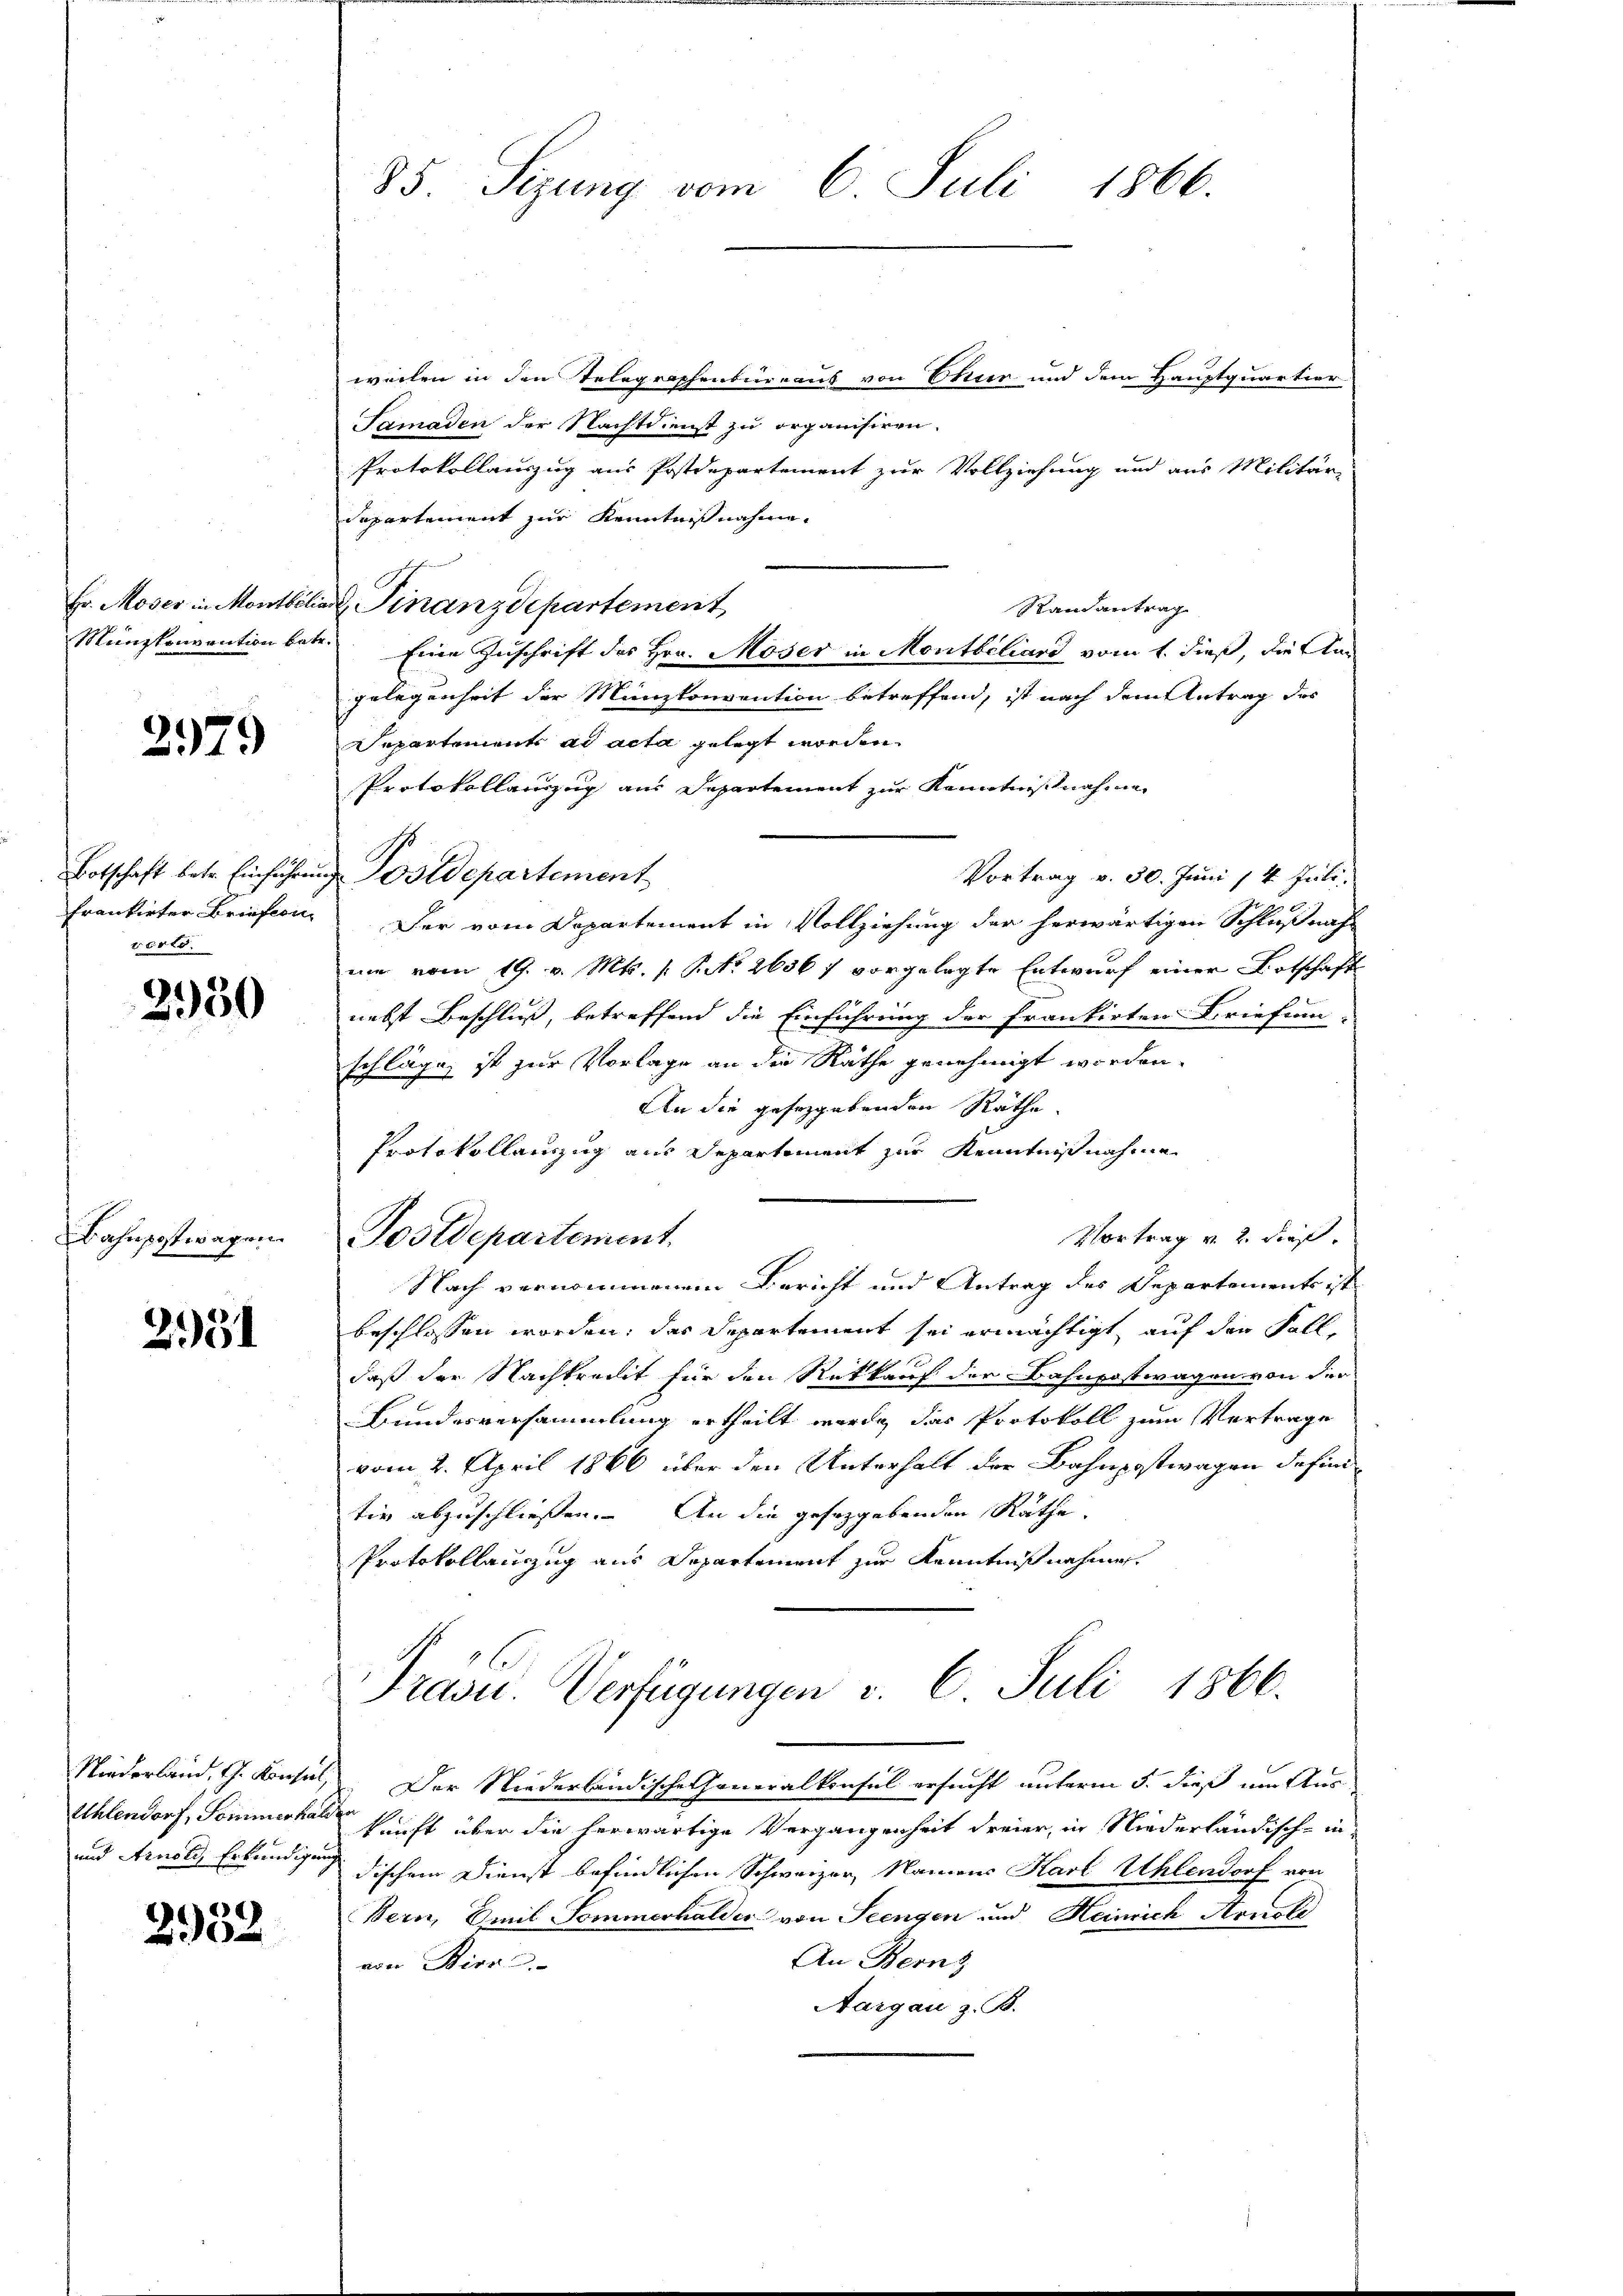
2979

vento.

2950

Bahnpostwagen

2951

weilen in den Telegraphenbureaus von Ettier und dem Hauptquartier
Samaden der Nachtdienst zu organisiren.
Protokollauszug aus Postdepartement zur Vollziehung und aus Militär-
Departement zur Kenntnißnahme.
Fr. Moser in Montbiliar Finanzdepartement
Randantrag
Münzkonvention betr. Eine Zuschrift des Hrn. Moser in Montbiliard vom 1. dieß, die Ans
gelegenheit der Münzkonvention betreffend, ist nach dem Antrag des
Separtement ad acta gelegt worden.
Protokollauszug aus Departement zur Kenntnißnahme
Botschaft betr. Einführung Postdepartement
Vortrag v. 30. Juni /4 Juli.
Frankirter Briefen der vom Departement in Vollziehung der herwärtigen Schlußnah-
ume vom 19. v. Mts. (T. No 2636 f vorgelegte Entwurf einer Ortschaft
nebst Beschluß, betreffend die Einführung der Frankirten Briefun-
schläge, ist zur Vorlage an die Räthe genehmigt worden.
An die geseggebenden Räthe.
Protokollanzug aus Departement zur Kenntnißnahme
Vortrag v. 2. dieß.
Tostdepartement.
Nach vernommenem Bericht und Antrag des Departements ist
beschlossen worden, das Departement sei ermächtigt, auf den Fall
daß der Nachtrecht für den Rückkauf der Bahnpostwagen von der
Bundesversammlung ertheilt werde, das Protokoll zum Vertrage
vom 2. April 1866 über den Unterhalt der Bahnpostwagen definitiv abzuschließen. An die gesetzgebenden Räthe.
Protokollanzug aus Departement zur Kenntnißnahmen.
Präsid.. Verfügungen v. 6. Juli 1866.
Niederland. G. Konsul, Der Niederländische Generalkonsul ersucht unterm 5. dieß um Aus¬
Uhlendorf, Sommerhalt kunft über die herwärtige Vergangenheit dreier, in Niederländischein¬
und Arnold, Erkundigung dischem Dienst befindlichen Schweizer, Namens Karl Uhlendorf von
Bern, Emil Sommerhalder von Seengen und Heinrich Arnold
An Berns
von Birn
Aargau z. B.

2952

85. Sizung vom 6. Juli 1866.